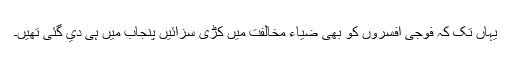
یہاں تک کہ فوجی افسروں کو بھی ضیاء مخالفت میں کڑی سزائیں پنجاب میں ہی دي گئی تھیں۔